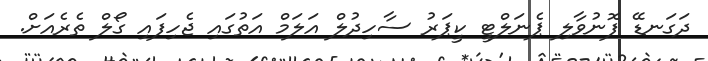
ދަގަނޑޭ ފޮނުވާލި ޕެނަލްޓީ ކީޕަރު ސާހިދުލް އަލަމް އަތުގައި ޖެހިފައި ގޯލް ތެރެއަށް.